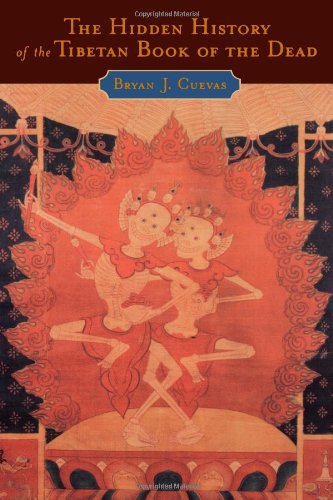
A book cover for The Hidden History of the Tibetan Book of the Dead; Bryan J. Cuevas; Religion & Spirituality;